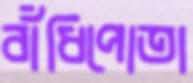
বাঁধিপোতা